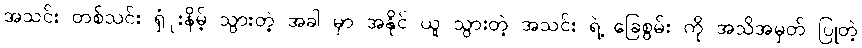
အသင်း တစ်သင်း ရှံုးနိမ့် သွားတဲ့ အခါ မှာ အနိုင် ယူ သွားတဲ့ အသင်း ရဲ့ ခြေစွမ်း ကို အသိအမှတ် ပြုတဲ့